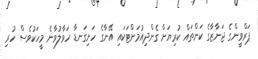
ޕަރްވީންގެ ޖަނާޒާގެ ކަންތައް ކުރިޔަށް ގެންދިއުމަށްޓަކައި އޭނާގެ ހަށިގަނޑާ ހަވާލުވާނެ މީހަކުވެސް ހުރި